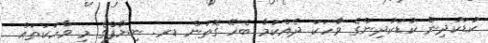
ކުޑަކުދިން ކުޑަކުދިންގެ ވާހަކަ ދެއްކުމާ ބެހޭ ގޮތުން ޑރ. ނިޔާފްގެ މި ވާހަކަތައް